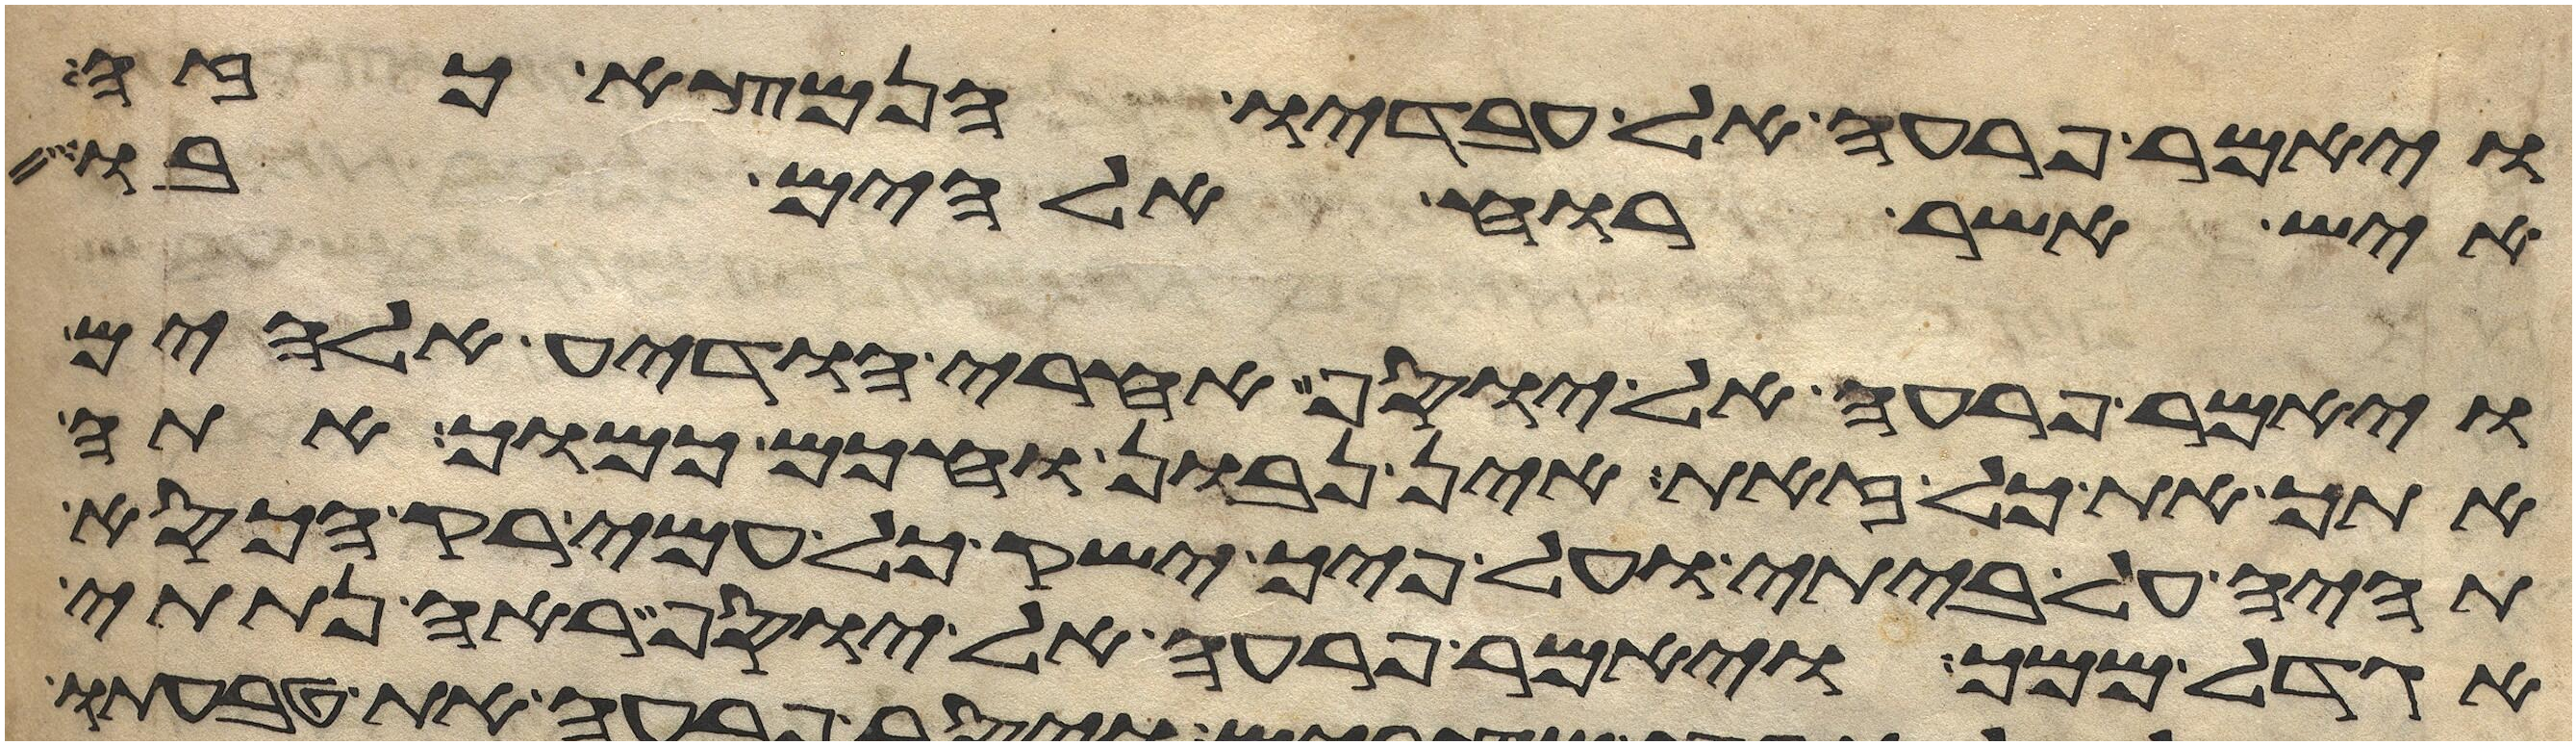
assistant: ויאמר פרעה אל עבדיו הנמצא כזה
איש אשר רוח אלהים בו
ויאמר פרעה אל יוסף אחרי הודיע אלהים
אתך את כל זאת אין נבון וחכום כמוך אתה
תהיה על ביתי ועל פיך ישק כל עמי רק הכסא
אגדל ממך ויאמר פרעה אל יוסף ראה נתתי